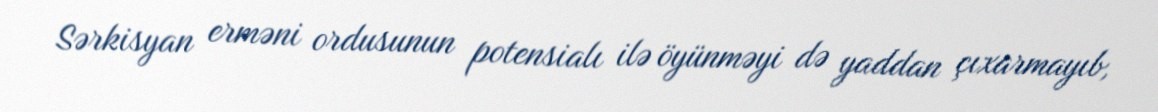
Sərkisyan erməni ordusunun potensialı ilə öyünməyi də yaddan çıxarmayıb,